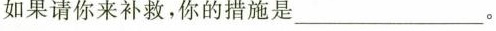
如果请你来补救，你的措施是___。